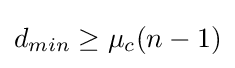
d_{min}\geq \mu _{c}(n-1)